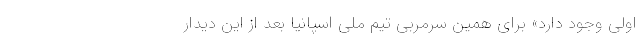
اولی وجود دارد» برای همین سرمربی تیم ملی اسپانیا بعد از این دیدار